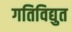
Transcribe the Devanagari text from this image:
गतिविद्युत